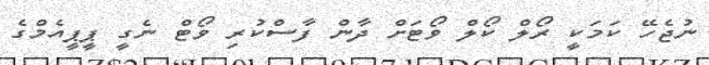
ނުޖެހޭ ކަމަކީ ރޯލް ކޯލް ވޯޓަށް ދާން ފާސްކުރި ވޯޓް ނެގީ ޕީޕީއެމްގެ